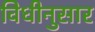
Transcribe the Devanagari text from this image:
विधीनुसार